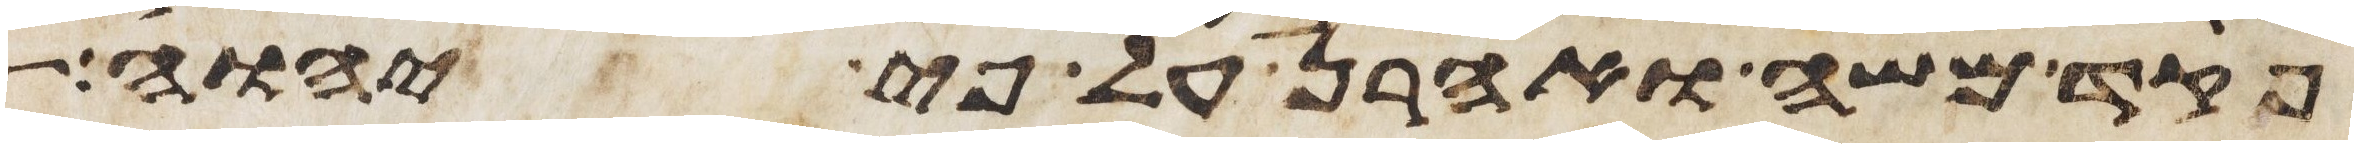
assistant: פקד משה ואהרן על פי יהוה